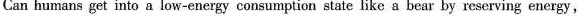
Can humans get into a low-energy consumption state like a bear by reserving energy,